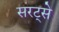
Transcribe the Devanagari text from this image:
सरट्से